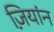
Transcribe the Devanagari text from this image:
ज़ियांन